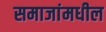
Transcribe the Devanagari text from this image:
समाजांमधील